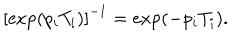
LaTeX: \left[ \exp ( p _ { i } T _ { i } ) \right] ^ { - 1 } = \exp ( - p _ { i } T _ { i } ) .